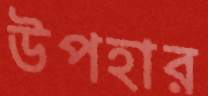
উপহার